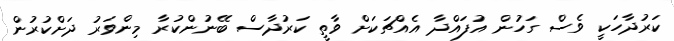
ކަރުދާހަކީ ވެސް ގަހުން އުފައްދާ އެއްޗަކަށް ވާތީ ކަރުދާސް ބޭނުންކުރާ މިންވަރު ދަށްކުރުން